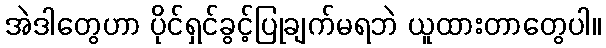
အဲဒါတွေဟာ ပိုင်ရှင်ခွင့်ပြုချက်မရဘဲ ယူထားတာတွေပါ။